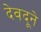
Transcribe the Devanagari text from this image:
देवदूने